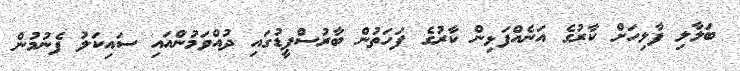
ބަލާލި ފާލިހަށް ކާރުގެ އަނެއްފަޅިން ކާރުގެ ފަހަތުން ބާރުސްޕީޑުގައި ދުއްވަމުންއައި ސައިކަލު ފެނުމުން